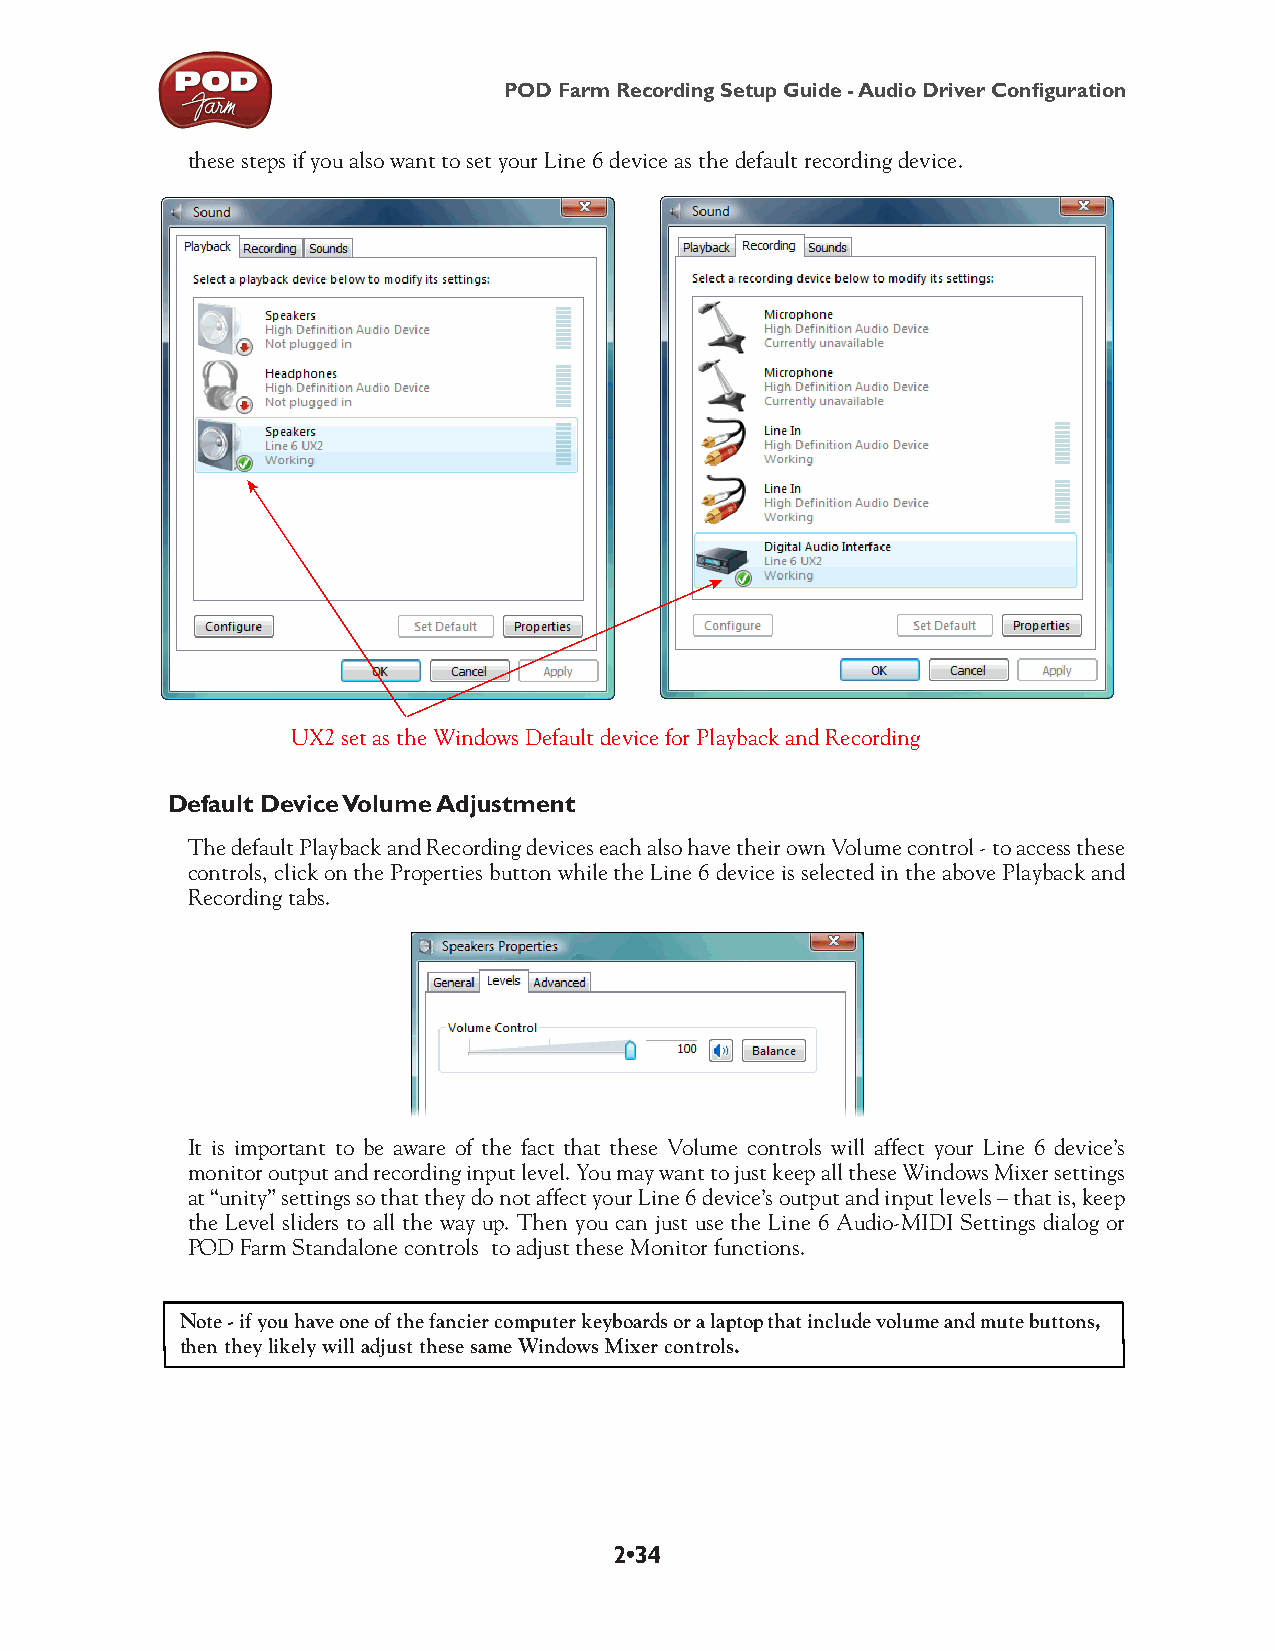
POD Farm Recording Setup Guide - Audio Driver Configuration
 these steps if you also want to set your Line 6 device as the default recording device.
 UX2 set as the Windows Default device for Playback and Recording
 Default Device Volume Adjustment
 The default Playback and Recording devices each also have their own Volume control - to access these
 controls, click on the Properties button while the Line 6 device is selected in the above Playback and
 Recording tabs.
 It is important to be aware of the fact that these Volume controls will affect your Line 6 device’s
 monitor output and recording input level. You may want to just keep all these Windows Mixer settings
 at “unity” settings so that they do not affect your Line 6 device’s output and input levels – that is, keep
 the Level sliders to all the way up. Then you can just use the Line 6 Audio-MIDI Settings dialog or
 POD Farm Standalone controls to adjust these Monitor functions.
 Note - if you have one of the fancier computer keyboards or a laptop that include volume and mute buttons,
 then they likely will adjust these same Windows Mixer controls.
 2•34